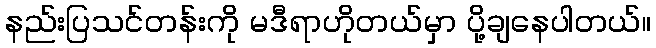
နည်းပြသင်တန်းကို မဒီရာဟိုတယ်မှာ ပို့ချနေပါတယ်။